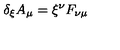
\delta _ { \xi } A _ { \mu } = \xi ^ { \nu } F _ { \nu \mu }